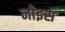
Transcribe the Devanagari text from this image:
नोइस